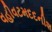
વહીવટમદદનીશ